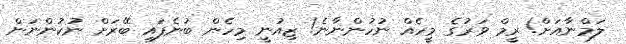
ލަމްނާއަށް! ރީމް ވަރުގެ މީހެއް ނުހުންނާނެ! ޒިއުނީ މިހެން ބުނެފައި ބޭރަށް ނުކުންނަން